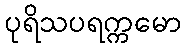
ပုရိသပရက္ကမော